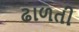
ઢાળતી